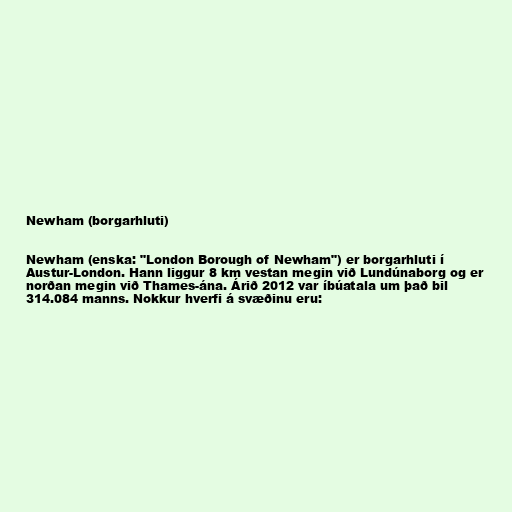
Newham (borgarhluti)

Newham (enska: "London Borough of Newham") er borgarhluti í
Austur-London. Hann liggur 8 km vestan megin við Lundúnaborg og er
norðan megin við Thames-ána. Árið 2012 var íbúatala um það bil
314.084 manns. Nokkur hverfi á svæðinu eru: